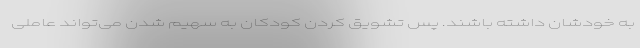
به خودشان داشته باشند. پس تشویق کردن کودکان به سهیم شدن می‌تواند عاملی